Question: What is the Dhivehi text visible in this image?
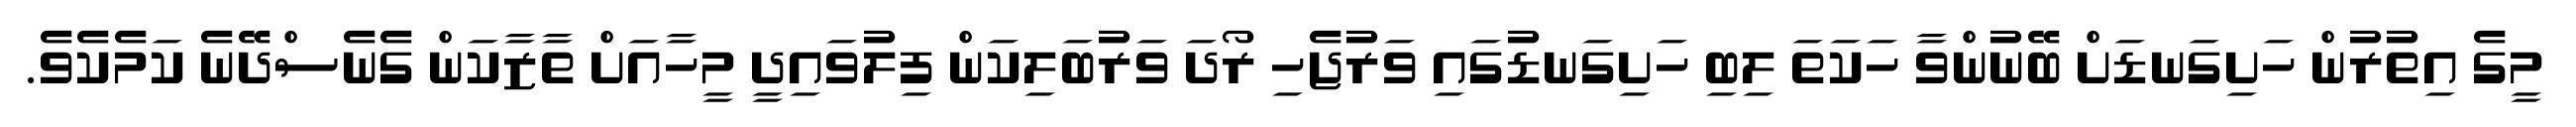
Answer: މީގެ އިތުރުން ހަށިގަނޑަށް ބޭނުންވާ ހަކަތަ ލިބި ހަށިގަނޑުގައި ވަރުޖެހި ރޯދަ ވަރުބަލިކަން ފިލުވައިދީ މީހާއަށް ތާޒާކަން ގެނެސްދޭނެ ކަމެކެވެ.